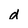
Character: d